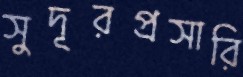
সুদূরপ্রসারি